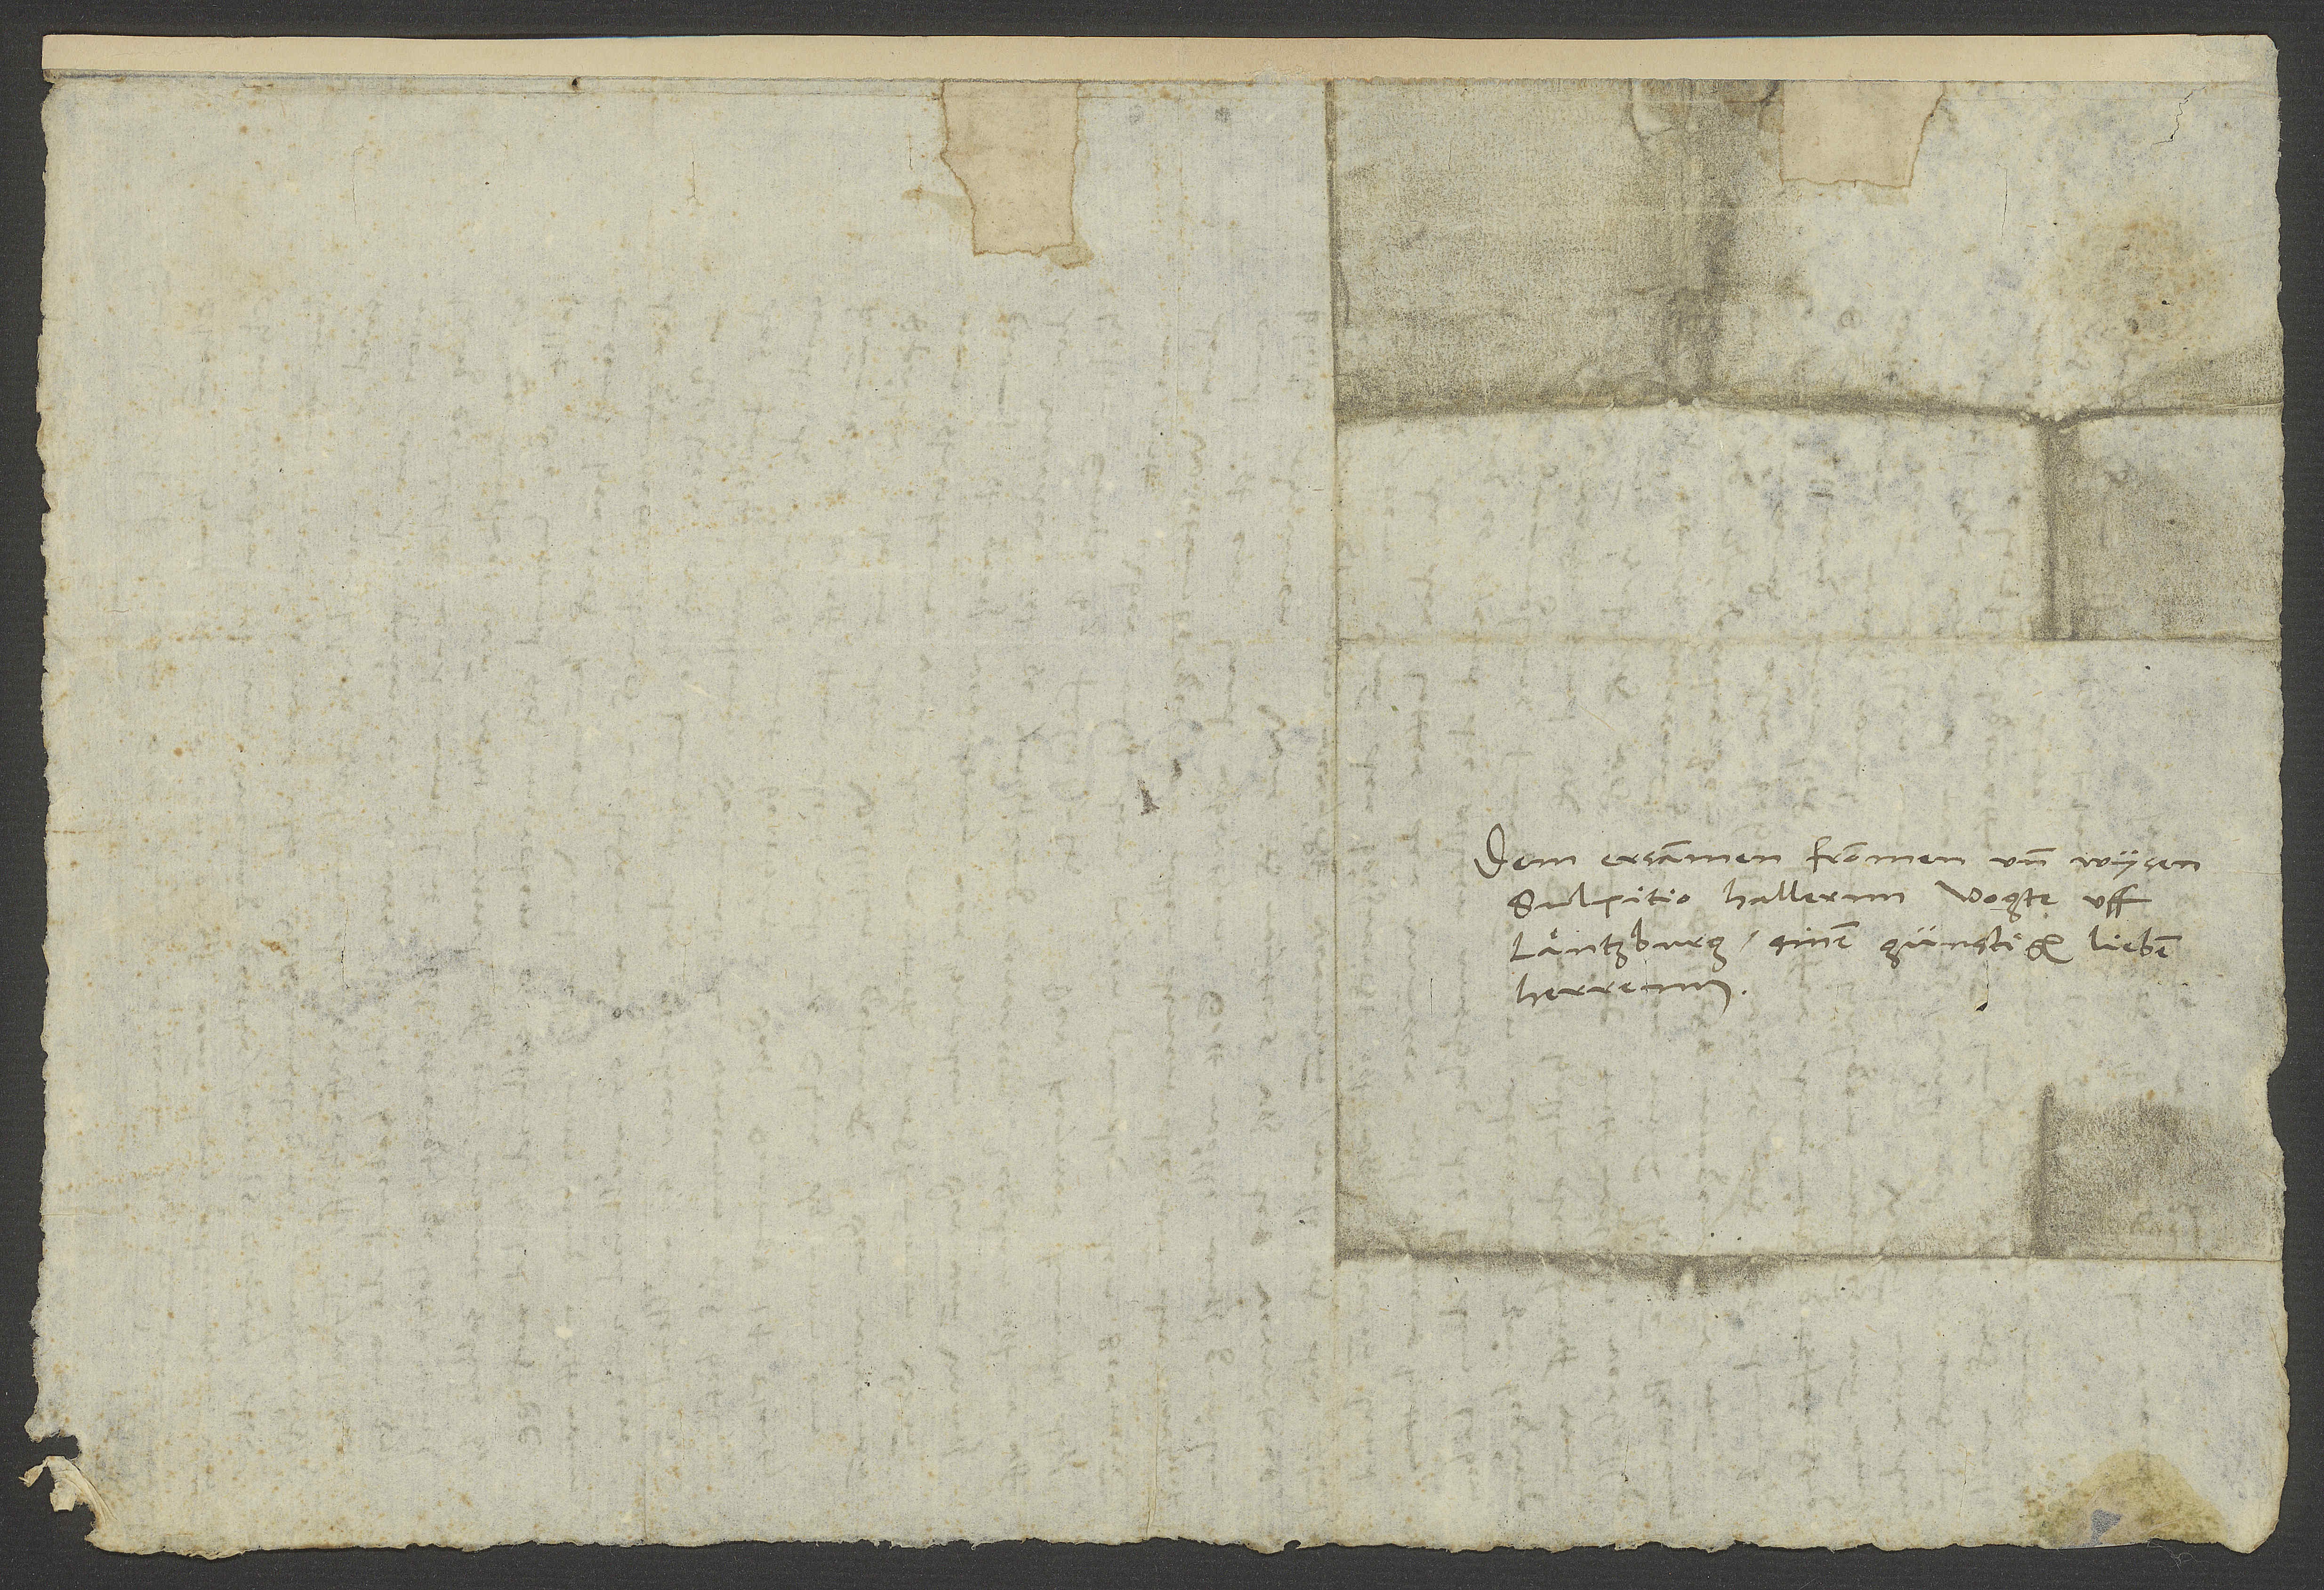
Dem ersammen, frommen und wysen
Sulpitio Hallernn, vogte uff
Läntzburg, sinem günstigen, lieben
herrenn.